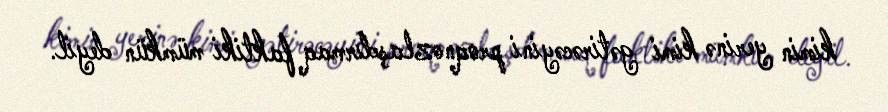
kimin yerinə kimi gətirəcəyini proqnozlaşdırmaq faktiki mümkün deyil.